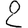
Digit: 2